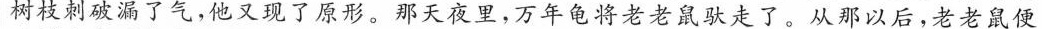
树枝刺破漏了气，他又现了原形。那天夜里，万年龟将老老鼠驮走了。从那以后，老老鼠便